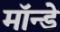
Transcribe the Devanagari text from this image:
मॉन्डे